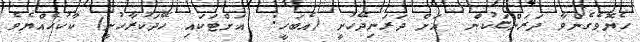
ހެޔޮވެގެންވާ ދަރަންޏަކުން  އަށް ދަރަނިދޭހުށީ (އެބަހީ:  އަށްޓަކައި ހޭދަކުރާހުށީ) ކާކުހެއްޔެވެ